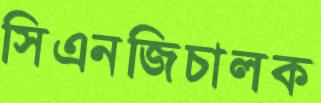
সিএনজিচালক